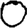
Digit: 0